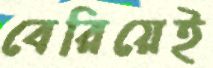
বেরিয়েই